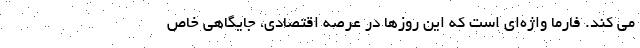
می کند. فارما واژه‌ای است که این روزها در عرصه اقتصادی، جایگاهی خاص